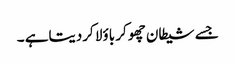
جسے شیطان چھوکر باؤلا کردیتاہے ۔